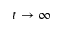
t \rightarrow \infty